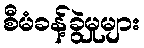
စီမံခန့်ခွဲမှုများ